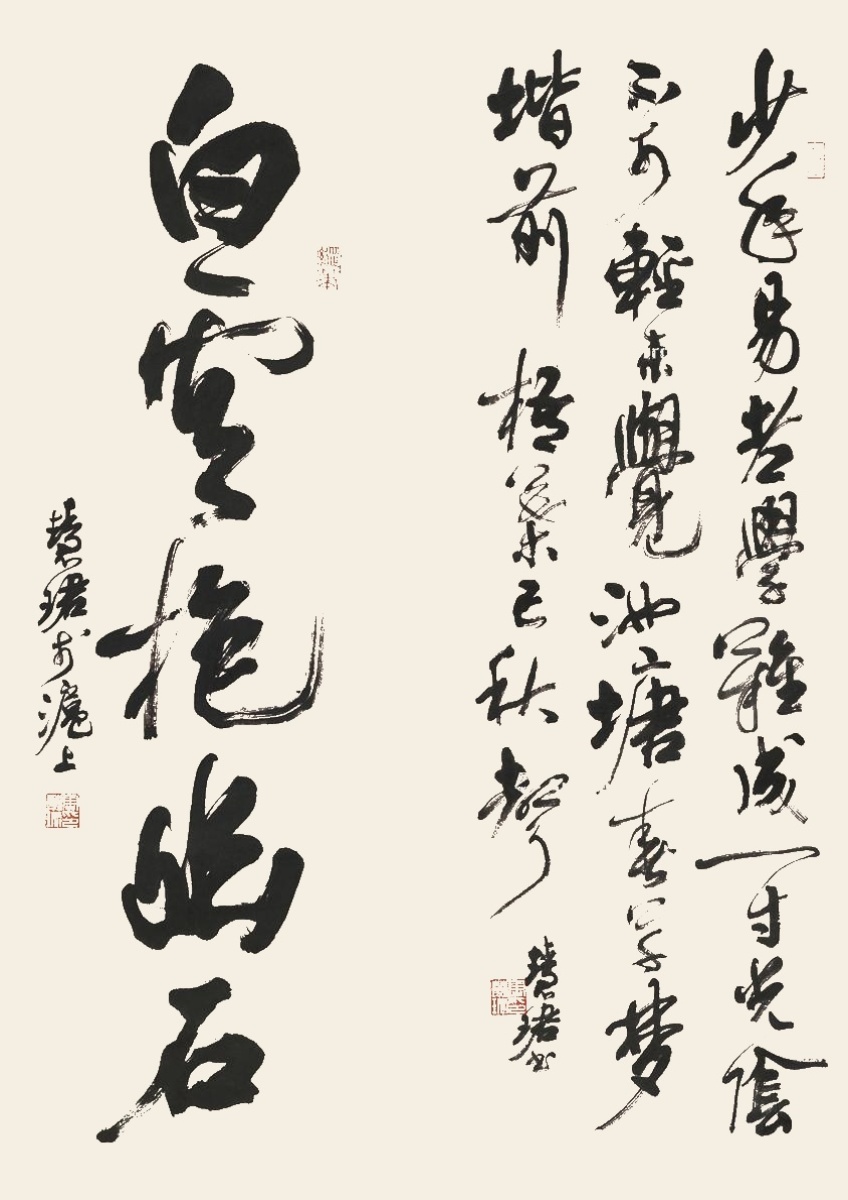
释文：1.少年易老学难成，一寸光阴不可轻。未觉池塘春草梦，阶前梧叶已秋声。慧珺书。2.白云抱幽石。慧珺于沪上。